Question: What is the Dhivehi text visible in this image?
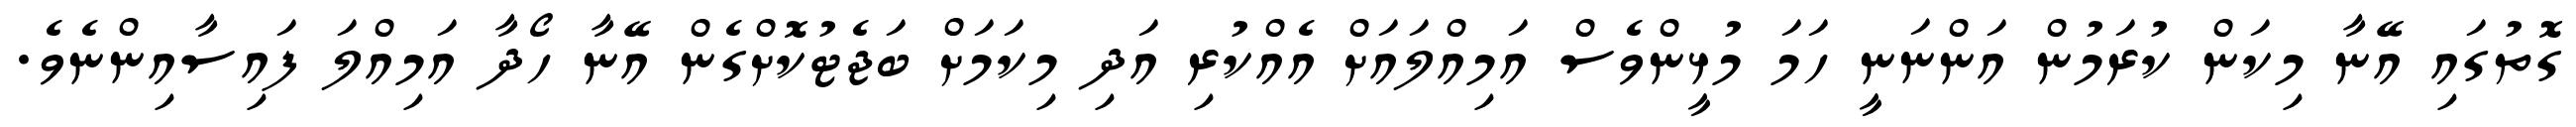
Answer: ގޮތުގައި އޭނާ މިކަން ކުރަމުން އަންނަނީ ހަމަ މުޅީންވެސް އަމިއްލައަށް އެއްކުރި އަދި މިކަމަށް ބަޖެޓުކޮށްގެން އޭނާ ހޯދާ އަމިއްލަ ފައިސާއިންނެވެ.